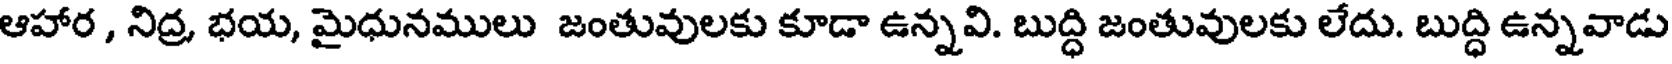
ఆహార , నిద్ర భయ, మైధునములు జంతువులకు కూడా ఉన్నవి. బుద్ధి జంతువులకు లేదు. బుద్ధి ఉన్నవాడు